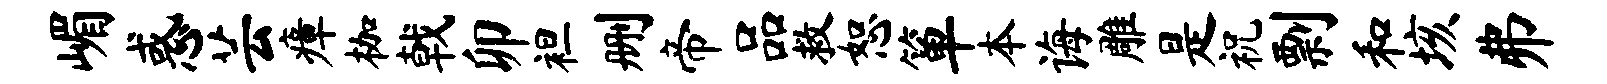
嵋惑芸瘴枷戟卯袒删帝品救恕箪本诲雕是祝剽和垓弗